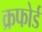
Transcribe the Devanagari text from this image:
क्रफोर्ड